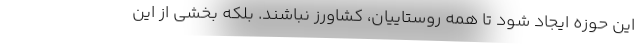
این حوزه ایجاد شود تا همه روستاییان، کشاورز نباشند. بلکه بخشی از این